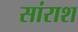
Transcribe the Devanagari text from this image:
सांराश